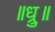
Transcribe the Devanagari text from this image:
॥ध्रु॥